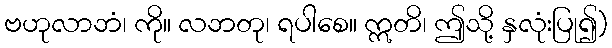
ဗဟုလာဘံ၊ ကို။ လဘတု၊ ရပါစေ။ ဣတိ၊ ဤသို့ နှလုံးပြု၍)